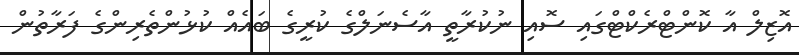
އޮޒިލް އާ ކޮންޓްރެކްޓްގައި ސޮއި ނުކުރާތީ އާސެނަލްގެ ކުރީގެ ބައެއް ކުޅުންތެރިންގެ ފަރާތުން